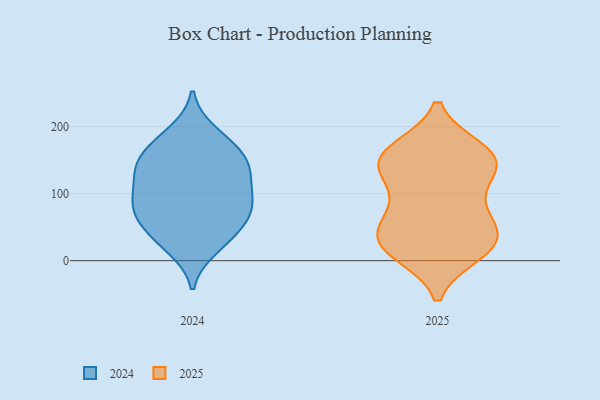
{"axis": {"x": "Satisfaction Score", "y": "Value"}, "legend": ["2024", "2025"], "data": [{"x": "", "y": 165, "type": "2025"}, {"x": "", "y": 29, "type": "2025"}, {"x": "", "y": 24, "type": "2025"}, {"x": "", "y": 21, "type": "2025"}, {"x": "", "y": 46, "type": "2025"}, {"x": "", "y": 90, "type": "2025"}, {"x": "", "y": 125, "type": "2025"}, {"x": "", "y": 55, "type": "2025"}, {"x": "", "y": 11, "type": "2025"}, {"x": "", "y": 166, "type": "2025"}, {"x": "", "y": 48, "type": "2025"}, {"x": "", "y": 78, "type": "2025"}, {"x": "", "y": 148, "type": "2025"}, {"x": "", "y": 161, "type": "2025"}, {"x": "", "y": 144, "type": "2025"}, {"x": "", "y": 132, "type": "2025"}, {"x": "", "y": 148, "type": "2025"}, {"x": "", "y": 11, "type": "2025"}, {"x": "", "y": 28, "type": "2024"}, {"x": "", "y": 129, "type": "2024"}, {"x": "", "y": 156, "type": "2024"}, {"x": "", "y": 144, "type": "2024"}, {"x": "", "y": 115, "type": "2024"}, {"x": "", "y": 94, "type": "2024"}, {"x": "", "y": 191, "type": "2024"}, {"x": "", "y": 57, "type": "2024"}, {"x": "", "y": 166, "type": "2024"}, {"x": "", "y": 76, "type": "2024"}, {"x": "", "y": 36, "type": "2024"}, {"x": "", "y": 142, "type": "2024"}, {"x": "", "y": 136, "type": "2024"}, {"x": "", "y": 72, "type": "2024"}, {"x": "", "y": 86, "type": "2024"}, {"x": "", "y": 63, "type": "2024"}, {"x": "", "y": 94, "type": "2024"}, {"x": "", "y": 19, "type": "2024"}, {"x": "", "y": 181, "type": "2024"}]}